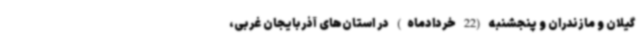
گیلان و مازندران و پنجشنبه (22 خردادماه) در استان‌های آذربایجان غربی،